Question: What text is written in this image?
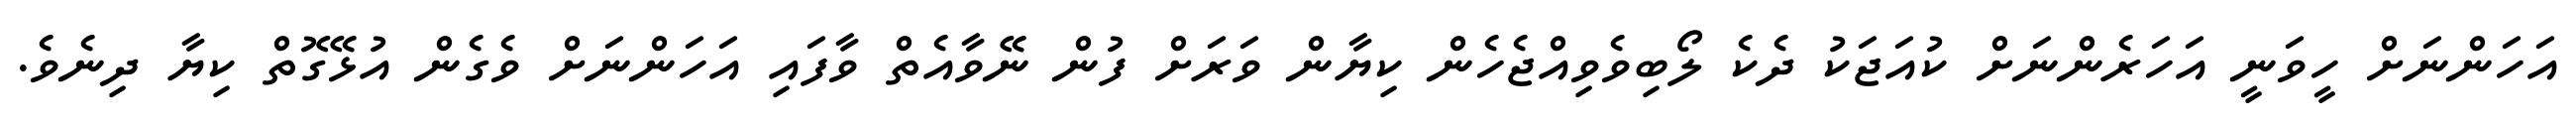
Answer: އަހަންނަށް ހީވަނީ އަހަރެންނަށް ކުއަޖަކު ދެކެ ލޯބިވެވިއްޖެހެން ކިޔާން ވަރަށް ފުން ނޭވާއެތް ވާފައި އަހަންނަށް ވެގެން އުޅޭގޮތް ކިޔާ ދިނެވެ.